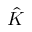
\hat { K }